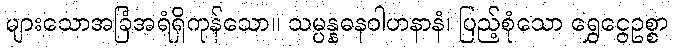
များသောအခြံအရံရှိကုန်သော။ သမ္ပန္နဓနဝါဟနာနံ၊ ပြည့်စုံသော ရွှေငွေဥစ္စာ